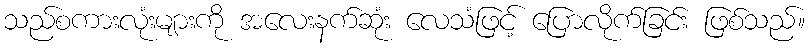
သည်စကားလုံးများကို အလေးနက်ဆုံး လေသံဖြင့် ပြောလိုက်ခြင်း ဖြစ်သည်။